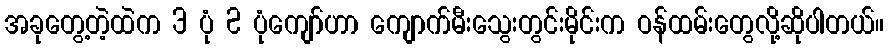
အခုတွေ့တဲ့ထဲက 3 ပုံ 2 ပုံကျော်ဟာ ကျောက်မီးသွေးတွင်းမိုင်းက ဝန်ထမ်းတွေလို့ဆိုပါတယ်။